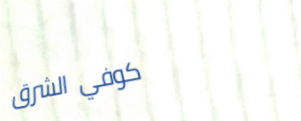
كوفي الشرق